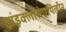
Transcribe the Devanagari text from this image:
ट्राइक्लोरोएथिलीन